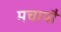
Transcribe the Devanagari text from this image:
मचायौ